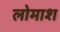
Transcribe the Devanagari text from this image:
लोमाश